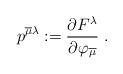
LaTeX: \begin{align*} p^{\overline{\mu}\lambda} := \frac{\partial F^\lambda}{\partial \varphi_{\overline{\mu}}} \ .\end{align*}